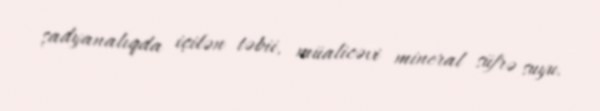
şadyanalıqda içilən təbii, müalicəvi mineral süfrə suyu.